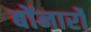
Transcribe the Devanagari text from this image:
बोंनार्रो